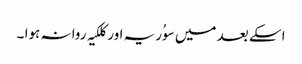
اسکے بعد میں سوُریہ اور کلکیہ روانہ ہوا ۔